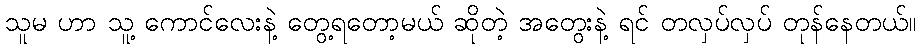
သူမ ဟာ သူ့ ကောင်လေးနဲ့ တွေ့ရတော့မယ် ဆိုတဲ့ အတွေးနဲ့ ရင် တလှပ်လှပ် တုန်နေတယ်။